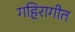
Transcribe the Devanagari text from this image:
गहिरागीत